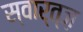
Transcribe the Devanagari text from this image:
स्वार्त्ज़